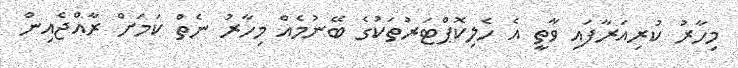
މިހާރު ކުރިއަރާފައި ވާތީ އެ ހެލިކޮޕްޓަރުތަކުގެ ބޭނުމެއް މިހާރު ނެތް ކަމަށް ރާއްޖެއިން